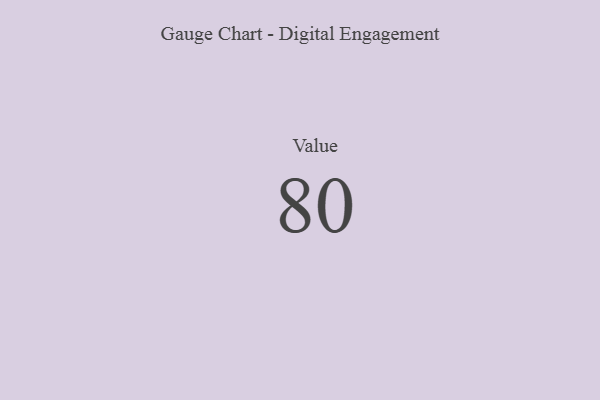
{"axis": {"x": "Metric", "y": "Value"}, "legend": [""], "data": [{"x": "Value", "y": 80, "type": ""}]}